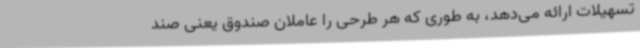
تسهیلات ارائه می‌دهد، به طوری که هر طرحی را عاملان صندوق یعنی صند